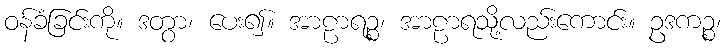
ဝန်ခံခြင်းကို။ ဒတွာ၊ ပေး၍။ အာဠာရဉ္စ၊ အာဠာရသို့လည်းကောင်း။ ဥဒကဉ္စ၊